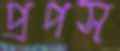
প্রপস্